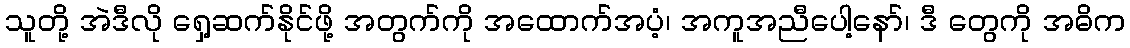
သူတို့ အဲဒီလို ရှေ့ဆက်နိုင်ဖို့ အတွက်ကို အထောက်အပံ့၊ အကူအညီပေါ့နော်၊ ဒီ တွေကို အဓိက